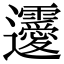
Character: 𨙤